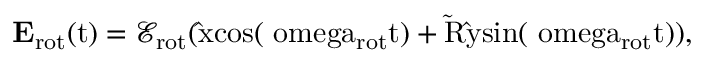
{ \bf E } _ { \mathrm { r o t } } ( \mathrm { t ) = \mathcal { E } _ { \mathrm { r o t } } ( \hat { x } c o s ( \ o m e g a _ { \mathrm { r o t } } t ) + \tilde { \cal R } \hat { y } s i n ( \ o m e g a _ { \mathrm { r o t } } t ) ) , }